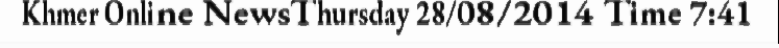
Khmer Online NewsThursday 28/08/2014 Time 7:41